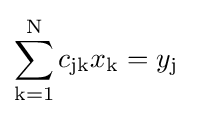
{\begin{aligned}\sum _{\mathrm {k} =1}^{\mathrm {N} }c_{\mathrm {jk} }x_{\mathrm {k} }&=y_{\mathrm {j} }\end{aligned}}